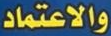
والاعتماد